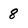
Character: 8